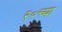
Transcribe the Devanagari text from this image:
२०च्या